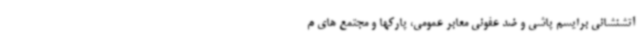
آتشنشانی برایسم پاشی و ضد عفونی معابر عمومی، پارکها و مجتمع های م